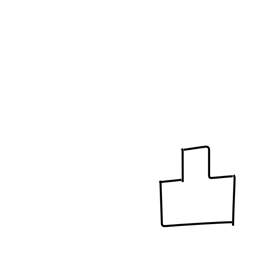
Meaning: convex